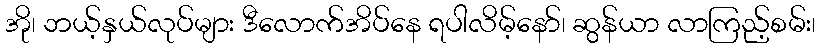
အို၊ ဘယ့်နှယ်လုပ်များ ဒီလောက်အိပ်နေ ရပါလိမ့်နော်၊ ဆွန်ယာ လာကြည့်စမ်း၊